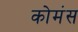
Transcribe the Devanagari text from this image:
कोमंस